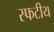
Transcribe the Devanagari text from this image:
स्फटीय